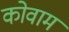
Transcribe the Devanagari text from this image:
कोवाम